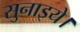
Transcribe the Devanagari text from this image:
सुनाइये।